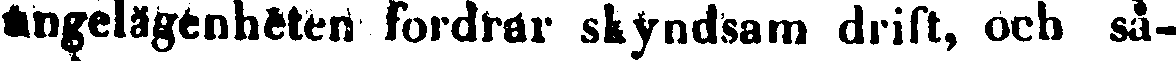
angelägenheten fordrar skyndsam drift, och så-